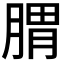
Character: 𦝩